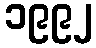
၁၉၉၂